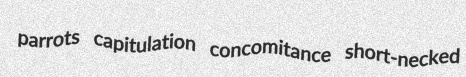
parrots capitulation concomitance short-necked